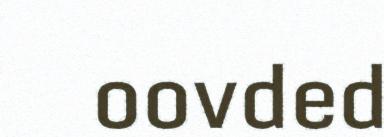
oovded